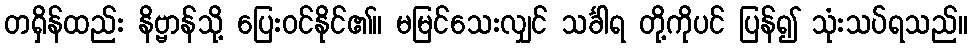
တရှိန်ထည်း နိဗ္ဗာန်သို့ ပြေးဝင်နိုင်၏။ မမြင်သေးလျှင် သင်္ခါရ တို့ကိုပင် ပြန်၍ သုံးသပ်ရသည်။